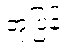
တုံ့ပြန်